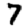
Digit: 7